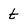
Character: t